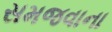
સમજવાના